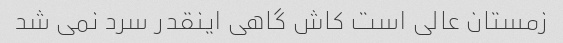
زمستان عالی است کاش گاهی اینقدر سرد نمی شد